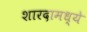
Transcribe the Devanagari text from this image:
शारदामध्ये